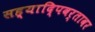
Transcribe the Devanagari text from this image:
सह्यादि्पवर्तावर